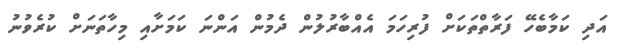
އަދި ކަމާބެހޭ ފަރާތްތަކަށް ފުރިހަމަ އެއްބާރުލުން ދެމުން އަންނަ ކަމަށާއި މިހާތަނަށް ކުރެވުނު